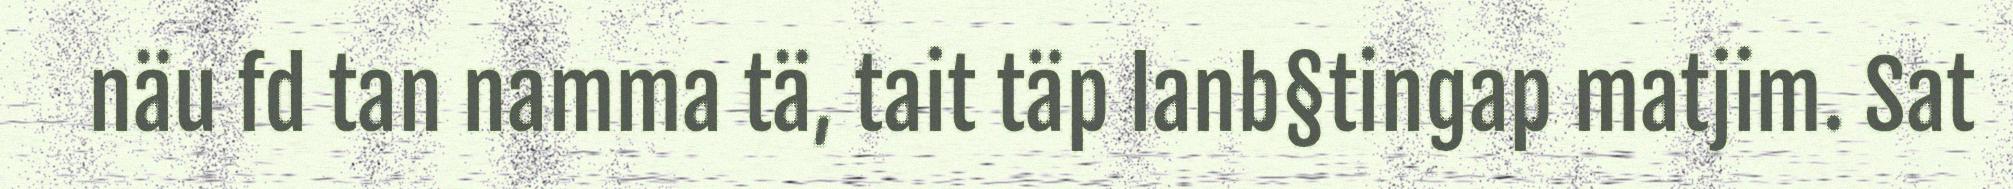
näu fd tan namma tä, tait täp lanb§tingap matjim. Sat